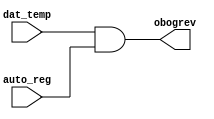

module lab1_1(
	input dat_temp,// 
	input auto_reg,// 
	output obogrev// 
);
	assign obogrev = dat_temp & auto_reg;
endmodule